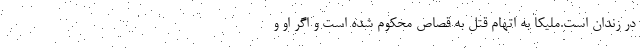
در زندان است.ملیکا به اتهام قتل به قصاص محکوم شده است و اگر او و